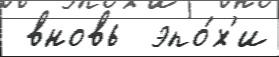
 вновь  эпо́х'и